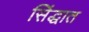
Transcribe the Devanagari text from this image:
सिंद्धात